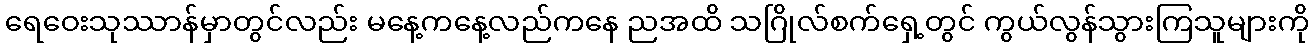
ရေဝေးသုဿာန်မှာတွင်လည်း မနေ့ကနေ့လည်ကနေ ညအထိ သဂြိုလ်စက်ရှေ့တွင် ကွယ်လွန်သွားကြသူများကို